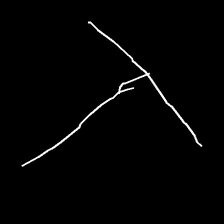
Glyph: column